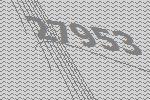
27953